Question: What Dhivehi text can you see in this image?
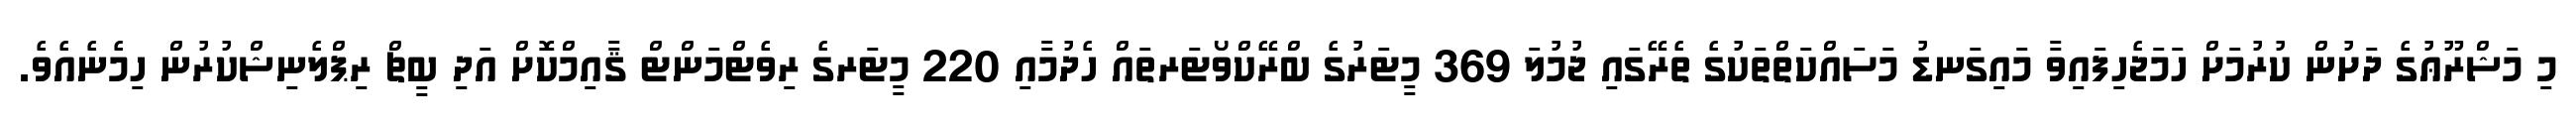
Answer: މި މަޝްރޫޢުގެ ދަށުން ކުރުމަށް ހަމަޖެހިފައިވާ މައިގަނޑު މަސައްކަތްތަކުގެ ތެރޭގައި ޖުމުލަ 369 މީޓަރުގެ ބްރޭކްވޯޓަރތައް ހެދުމާއި 220 މީޓަރގެ ރިވެޓްމަންޓް ޤާއިމްކޮށް އަދި ބީޗް ރިޕްލެނިޝްކުރުން ހިމެނެއެވެ.